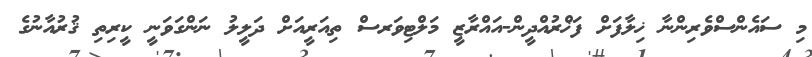
މި ސައެންސްވެރިންނާ ޚިލާފަށް ފަޚްރުއްދީން-އައްރާޒީ މަލްޓިވަރސް ތިއަރީއަށް ދަލީލު ނަންގަވަނީ ކީރިތި ޤުރުއާނުގެ